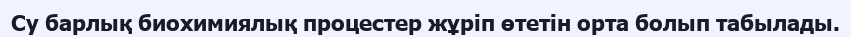
Су барлық биохимиялық процестер жұрiп өтетiн орта болып табылады.